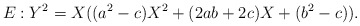
\begin{align*}E:Y^2=X((a^2- c) X^2+ (2 a b + 2 c) X+ (b^2-c)).\end{align*}